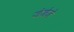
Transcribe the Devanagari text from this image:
जेजेजे